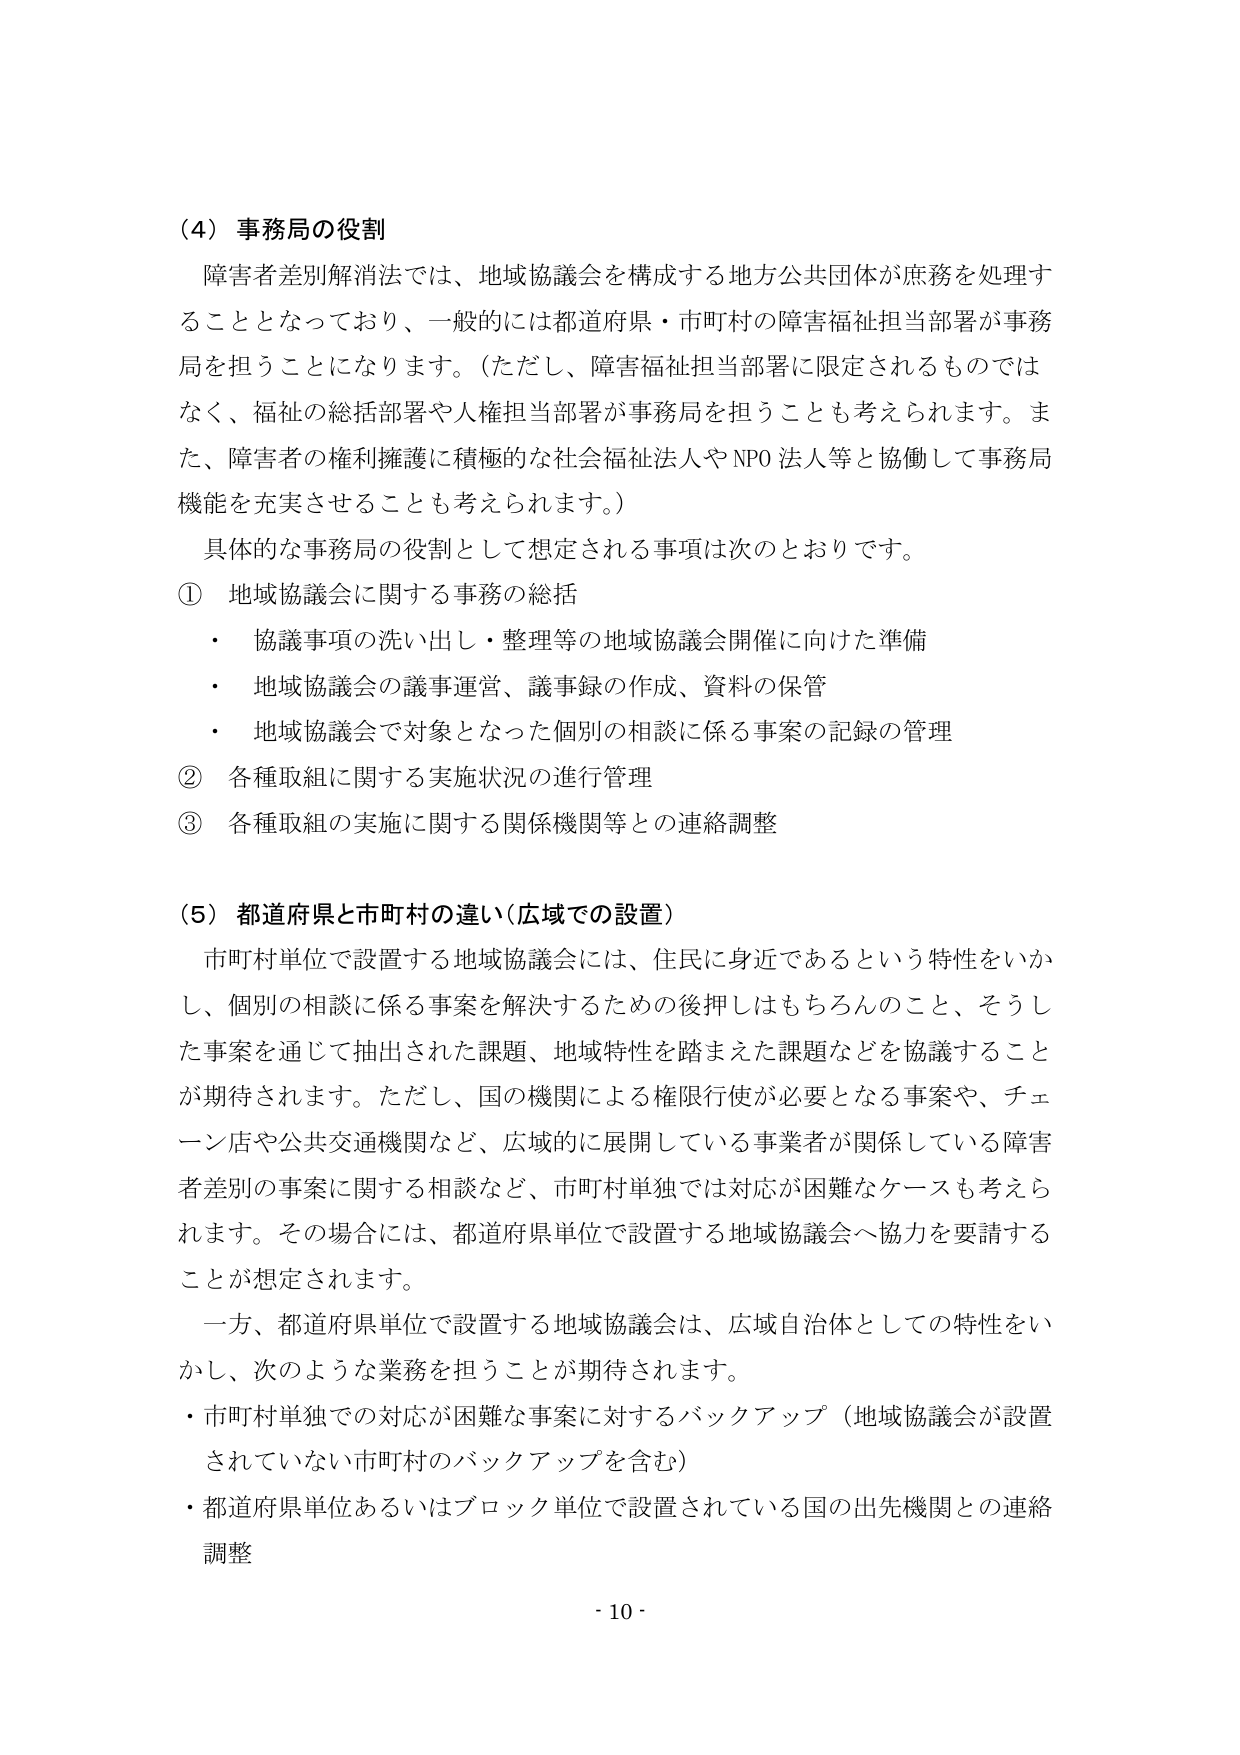
（4）事務局の役割
障害者差別解消法では、地域協議会を構成する地方公共団体が庶務を処理することとなっており、一般的には都道府県・市町村の障害福祉担当部署が事務局を担うことになります。（ただし、障害福祉担当部署に限定されるものではなく、福祉の総括部署や人権担当部署が事務局を担うことも考えられます。また、障害者の権利擁護に積極的な社会福祉法人やNPO法人等と協働して事務局機能を充実させることも考えられます。）
具体的な事務局の役割として想定される事項は次のとおりです。
① 地域協議会に関する事務の総括
・ 協議事項の洗い出し・整理等の地域協議会開催に向けた準備
・ 地域協議会の議事運営、議事録の作成、資料の保管
・ 地域協議会で対象となった個別の相談に係る事案の記録の管理
② 各種取組に関する実施状況の進行管理
③ 各種取組の実施に関する関係機関等との連絡調整

（5）都道府県と市町村の違い（広域での設置）
市町村単位で設置する地域協議会には、住民に身近であるという特性をいかし、個別の相談に係る事案を解決するための後押しはもちろんのこと、そうした事案を通じて抽出された課題、地域特性を踏まえた課題などを協議することが期待されます。ただし、国の機関による権限行使が必要となる事案や、チェーン店や公共交通機関など、広域的に展開している事業者が関係している障害者差別の事案に関する相談など、市町村単独では対応が困難なケースも考えられます。その場合には、都道府県単位で設置する地域協議会へ協力を要請することが想定されます。
一方、都道府県単位で設置する地域協議会は、広域自治体としての特性をいかし、次のような業務を担うことが期待されます。
・ 市町村単独での対応が困難な事案に対するバックアップ（地域協議会が設置されていない市町村のバックアップを含む）
・ 都道府県単位あるいはブロック単位で設置されている国の出先機関との連絡調整

- 10 -